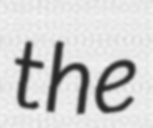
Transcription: the